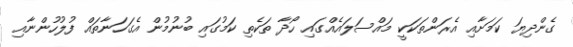
ގެންދިޔަ ކަމަށާއި އެރަންތަކަކީ މައްސަލައެއްގައި ހޯދާ ތަކެތި ކަމުގައި ބުނުމުން އެގަހަނާތައް ފުލުހުންނާއި